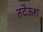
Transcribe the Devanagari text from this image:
तदेऊश